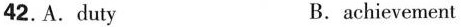
42. A. duty B. achievement